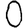
Digit: 0